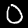
Digit: 0